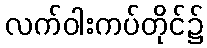
လက်ဝါးကပ်တိုင်၌